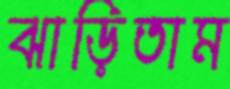
ঝাড়িতাম